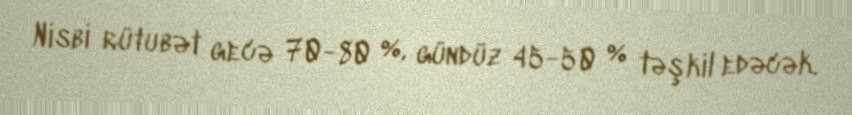
Nisbi rütubət gecə 70-80 %, gündüz 45-50 % təşkil edəcək.